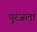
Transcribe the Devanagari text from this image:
पुरंजला